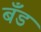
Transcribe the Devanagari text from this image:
बॅँंड